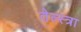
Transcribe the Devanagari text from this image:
तेल्स्त्रा